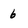
Character: 6